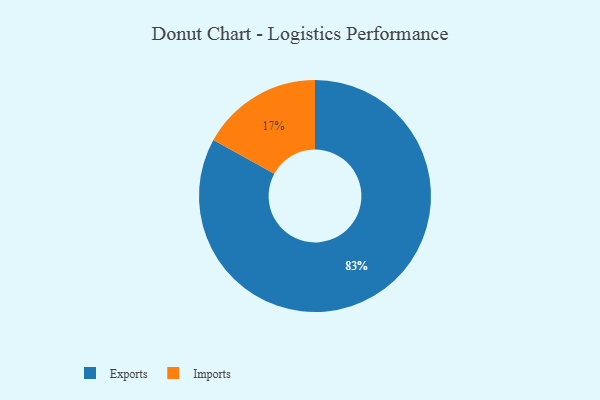
{"axis": {"x": "Category", "y": "Percentage"}, "legend": ["Exports", "Imports"], "data": [{"x": "Exports", "y": 83, "type": "Exports"}, {"x": "Imports", "y": 17, "type": "Imports"}]}